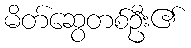
မိတ်ဆွေတစ်ဦး၏